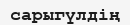
сарыгүлдің